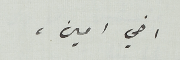
اخي امين